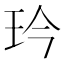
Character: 玪